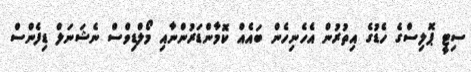
ސިޓީ ޕޮލިސްގެ ހެޑުގެ އިތުރުން އެހެނިހެން ބައެއް ކޮމާންޑަރުންނާއި މޯލްޑިވްސް ނެޝަނަލް ޑިފެންސް